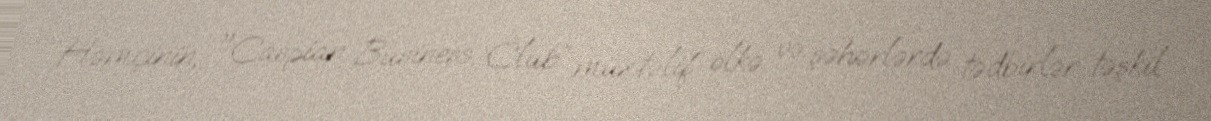
Həmçinin, "Caspian Business Club” müxtəlif ölkə və şəhərlərdə tədbirlər təşkil